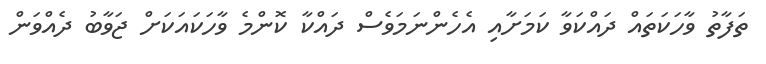
ތަފާތު ވާހަކަތައް ދައްކަވާ ކަމަށާއި އެހެންނަމަވެސް ދައްކާ ކޮންމެ ވާހަކައަކަށް ޖަވާބު ދެެއްވަން